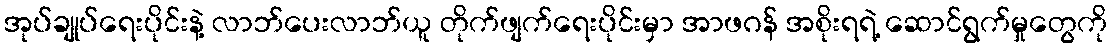
အုပ်ချုပ်ရေးပိုင်းနဲ့ လာဘ်ပေးလာဘ်ယူ တိုက်ဖျက်ရေးပိုင်းမှာ အာဖဂန် အစိုးရရဲ့ ဆောင်ရွက်မှုတွေကို